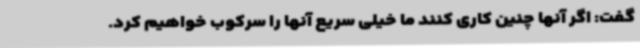
گفت: اگر آنها چنین کاری کنند ما خیلی سریع آنها را سرکوب خواهیم کرد.